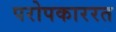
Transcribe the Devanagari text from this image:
परोपकाररत